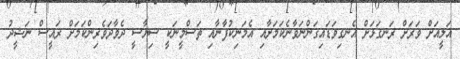
އަލީއަށް ވަރަށް ރަނގަޅަށް އެނގިވަޑައިގަންނަވާނެކަމަށާއި އެމަނިކުފާނާއި ތަސްމީނަކީ ސިޔާސީ ދެވާދަވެރިންކަމަށް ރައީސް ނަޝީދު